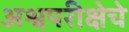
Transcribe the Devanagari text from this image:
अश्वपरीक्षेचे